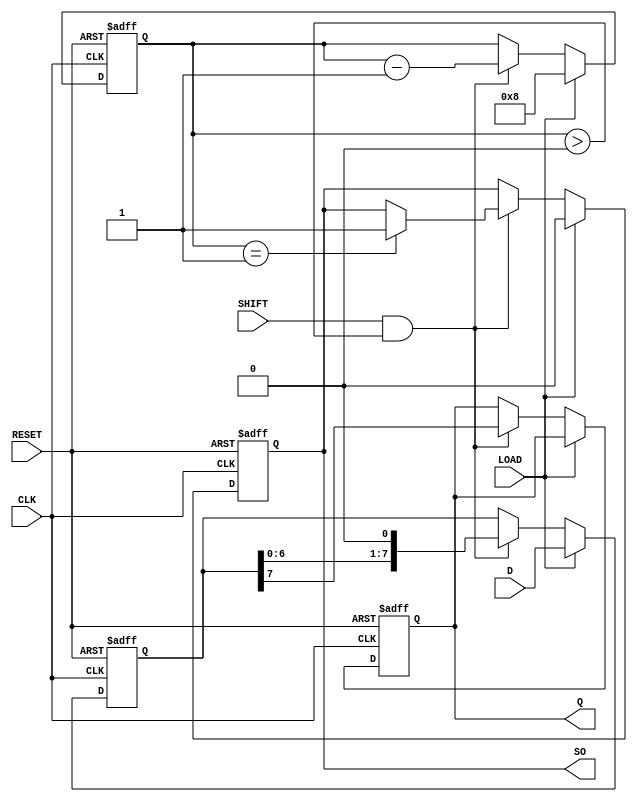
module async_piso #(
    parameter WIDTH = 8  // Parameter to set the width of the register
)(
    input wire [WIDTH-1:0] D,       // Parallel data inputs
    input wire LOAD,                 // Load control signal
    input wire SHIFT,                // Shift control signal
    input wire CLK,                  // Clock signal
    input wire RESET,                // Asynchronous reset signal
    output reg Q,                    // Serial output
    output reg SO                    // Shifted Out Indicator
);

    reg [WIDTH-1:0] shift_reg;       // Shift register to hold the data
    reg [3:0] count;                  // Counter for tracking the number of shifts

    always @(posedge CLK or posedge RESET) begin
        if (RESET) begin
            // Asynchronous reset
            shift_reg <= {WIDTH{1'b0}}; // Clear the shift register
            Q <= 1'b0;                 // Clear the serial output
            SO <= 1'b0;                // Clear the shifted out indicator
            count <= 0;                // Reset the counter
        end else begin
            if (LOAD) begin
                // Load data into the shift register asynchronously
                shift_reg <= D;
                count <= WIDTH;         // Set count to WIDTH for shifting
                SO <= 1'b0;             // Reset SO during load
            end else if (SHIFT && count > 0) begin
                // Shift data out serially
                Q <= shift_reg[WIDTH-1]; // Output the MSB
                shift_reg <= shift_reg << 1; // Shift left
                count <= count - 1;     // Decrement the shift count
                if (count == 1) begin
                    SO <= 1'b1;         // Indicate end of shift when last bit is shifted out
                end
            end
        end
    end

endmodule